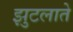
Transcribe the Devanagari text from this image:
झुटलाते